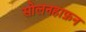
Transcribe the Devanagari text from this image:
सोलनहाफ़न